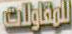
للمقاولات